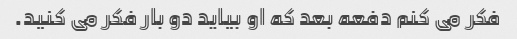
فکر می کنم دفعه بعد که او بیاید دو بار فکر می کنید.